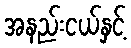
အနည်းငယ်နှင့်